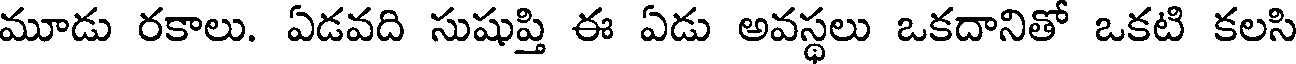
మూడు రకాలు. ఏడవది సుషుప్తి ఈ ఏడు అవస్థలు ఒకదానితో ఒకటి కలసి